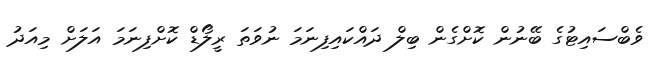
ވެބްސައިޓުގެ ބޭނުން ކޮޮށްގެން ބިލް ދައްކައިފިނަމަ ނުވަތަ ރީލޯޑް ކޮށްފިނަމަ އަލަށް މިއަދު